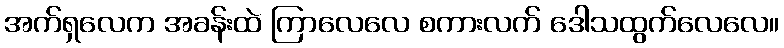
အက်ရှလေက အခန်းထဲ ကြာလေလေ စကားလက် ဒေါသထွက်လေလေ။